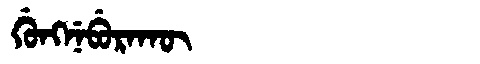
Manchu: ᡤᡠᠩᠨᡝᠪᡠᡵᠠᡴᡡ
Romanization: GUNGNEBURAKŪ